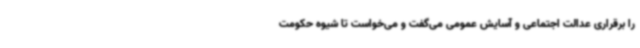
را برقراری عدالت اجتماعی و آسایش عمومی می‌گفت و می‌خواست تا شیوه حکومت